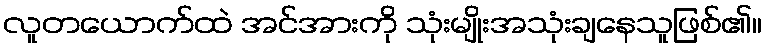
လူတယောက်ထဲ အင်အားကို သုံးမျိုးအသုံးချနေသူဖြစ်၏။